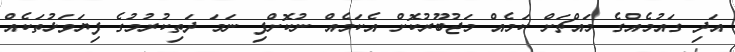
އަދި ގައުމެއްގެ މައްޗަށް ކަމެއް މަޖުބޫރުކޮށް އެކަމެއް ނުކޮށްފި ނަމަ ދަތިކުރުމުގެ ފިޔަވަޅުތަކެއް